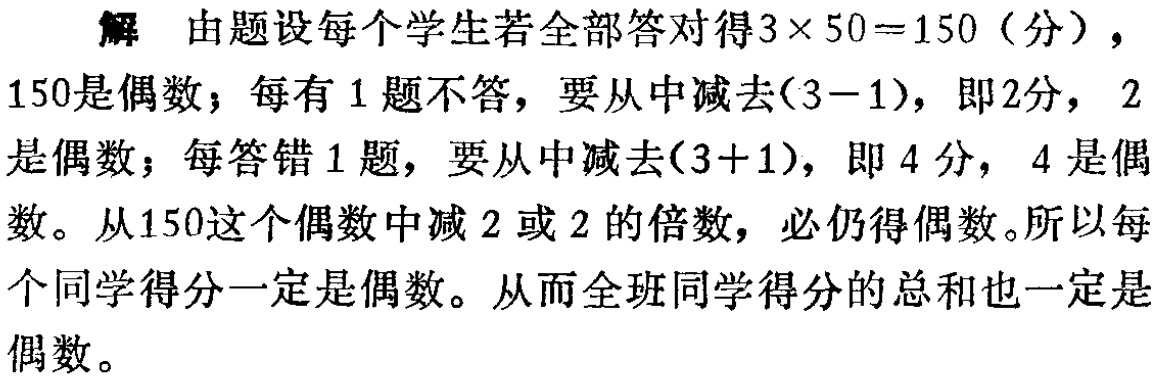
解 由题设每个学生若全部答对得\(3\times50 = 150\)（分），

\(150\)是偶数；每有\(1\)题不答，要从中减去\((3 - 1)\)，即\(2\)分，\(2\)

是偶数；每答错\(1\)题，要从中减去\((3 + 1)\)，即\(4\)分，\(4\)是偶

数。从\(150\)这个偶数中减\(2\)或\(2\)的倍数，必仍得偶数。所以每

个同学得分一定是偶数。从而全班同学得分的总和也一定是

偶数。